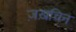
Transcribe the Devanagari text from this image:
ज़ख़चिन